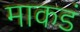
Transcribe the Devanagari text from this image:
माकडं